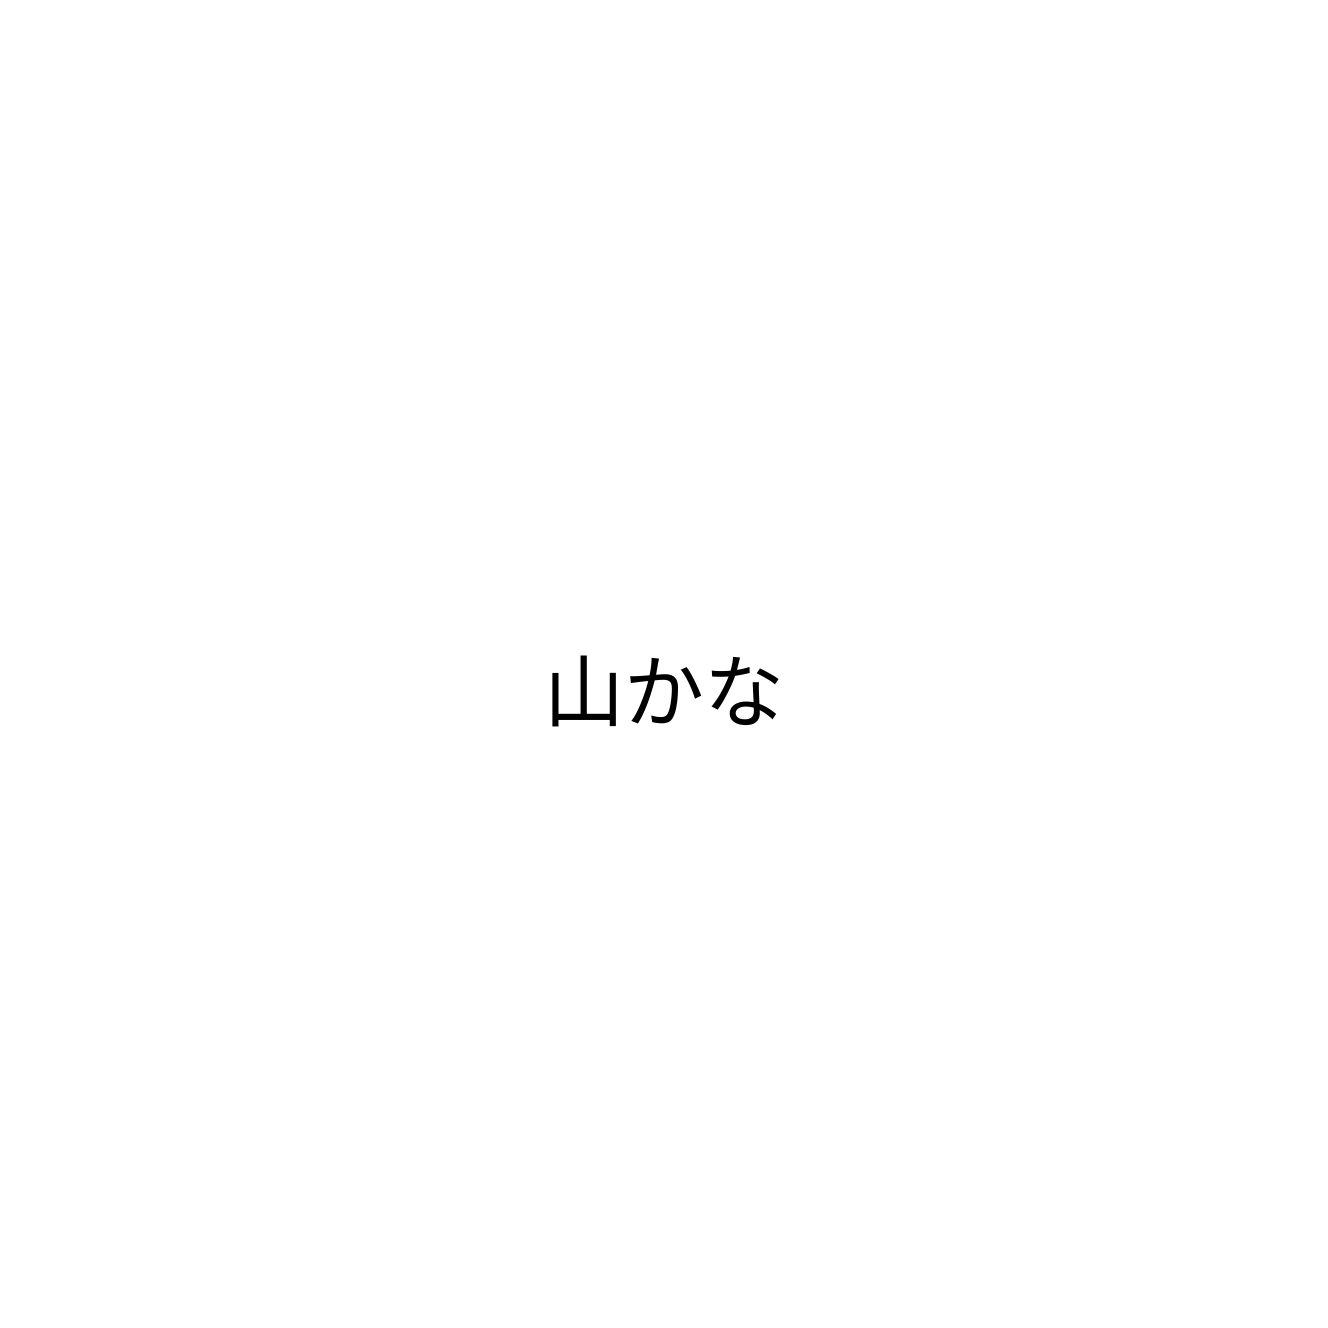
山かな